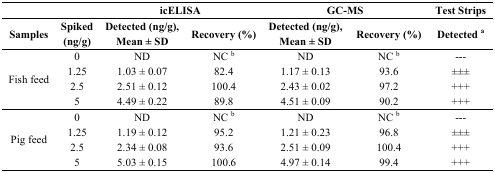
<table><thead><tr><td></td><td></td><td colspan="2"><b>icELISA</b></td><td colspan="2"><b>GC-MS</b></td><td><b>Test Strips</b></td></tr><tr><td><b>Samples</b></td><td><b>Spiked (ng/g)</b></td><td><b>Detected (ng/g), Mean ± SD</b></td><td><b>Recovery (%)</b></td><td><b>Detected (ng/g), Mean ± SD</b></td><td><b>Recovery (%)</b></td><td><b>Detected <sup>a</sup></b></td></tr></thead><tbody><tr><td rowspan="4">Fish feed</td><td>0</td><td>ND</td><td>NC <sup>b</sup></td><td>ND</td><td>NC <sup>b</sup></td><td>---</td></tr><tr><td>1.25</td><td>1.03 ± 0.07</td><td>82.4</td><td>1.17 ± 0.13</td><td>93.6</td><td>±±±</td></tr><tr><td>2.5</td><td>2.51 ± 0.12</td><td>100.4</td><td>2.43 ± 0.02</td><td>97.2</td><td>+++</td></tr><tr><td>5</td><td>4.49 ± 0.22</td><td>89.8</td><td>4.51 ± 0.09</td><td>90.2</td><td>+++</td></tr><tr><td rowspan="4">Pig feed</td><td>0</td><td>ND</td><td>NC <sup>b</sup></td><td>ND</td><td>NC <sup>b</sup></td><td>---</td></tr><tr><td>1.25</td><td>1.19 ± 0.12</td><td>95.2</td><td>1.21 ± 0.23</td><td>96.8</td><td>±±±</td></tr><tr><td>2.5</td><td>2.34 ± 0.08</td><td>93.6</td><td>2.51 ± 0.09</td><td>100.4</td><td>+++</td></tr><tr><td>5</td><td>5.03 ± 0.15</td><td>100.6</td><td>4.97 ± 0.14</td><td>99.4</td><td>+++</td></tr></tbody></table>